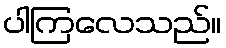
ပါကြလေသည်။